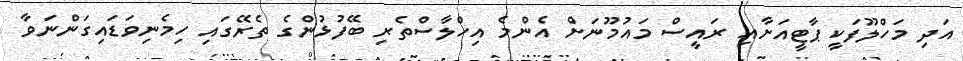
އަދި މަހްލޫފަކީ ޕާޓީއަށާއި ރައީސް މައުމޫނަށް އެންމެ އިހްލާސްތެރި ބޭފުޅުންގެ ތެރޭގައި ހިމެނިވަޑައިގަންނަވާ